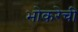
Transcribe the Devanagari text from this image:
भोकरेची